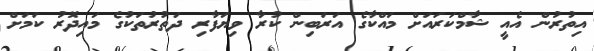
އިތުރުން އެއީ ޝާމްކަރައަށް މައްކާގެ އަރަބިން ކުރާ ވިޔަފާރި ދަތުރުތަކުގެ މައިދޮރު ކަމަށް